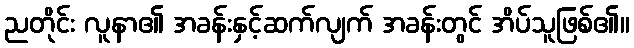
ညတိုင်း လူနာ၏ အခန်းနှင့်ဆက်လျက် အခန်းတွင် အိပ်သူဖြစ်၏။